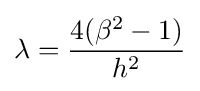
\lambda ={\frac {4(\beta ^{2}-1)}{h^{2}}}